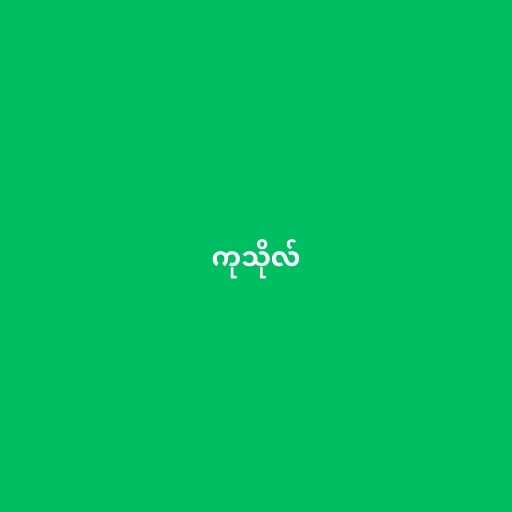
ကုသိုလ်